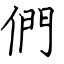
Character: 們